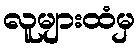
လူများထံမှ